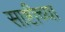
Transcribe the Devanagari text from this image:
साष्टीच्या